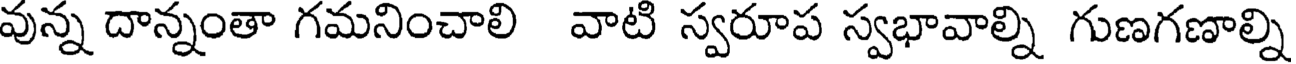
వున్న దాన్నంతా గమనించాలి వాటి స్వరూప స్వభావాల్ని గుణగణాల్ని